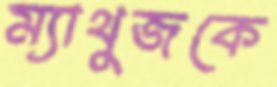
ম্যাথুজকে